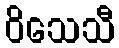
ဝိသေသီ